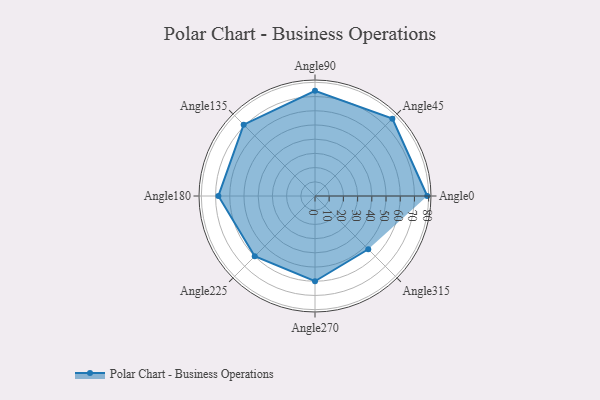
{"axis": {"x": "Angle", "y": "Radius"}, "legend": [""], "data": [{"x": "Angle0", "y": 79.0, "type": ""}, {"x": "Angle45", "y": 77.0, "type": ""}, {"x": "Angle90", "y": 74.0, "type": ""}, {"x": "Angle135", "y": 71.0, "type": ""}, {"x": "Angle180", "y": 68.0, "type": ""}, {"x": "Angle225", "y": 60.0, "type": ""}, {"x": "Angle270", "y": 60.0, "type": ""}, {"x": "Angle315", "y": 53.0, "type": ""}]}